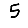
Digit: 5